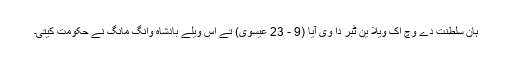
ہان سلطنت دے وچ اک ویلا ین ٹبر دا وی آيا (9 - 23 عیسوی) تے اس ویلے بادشاہ وانگ مانگ نے حکومت کیتی۔